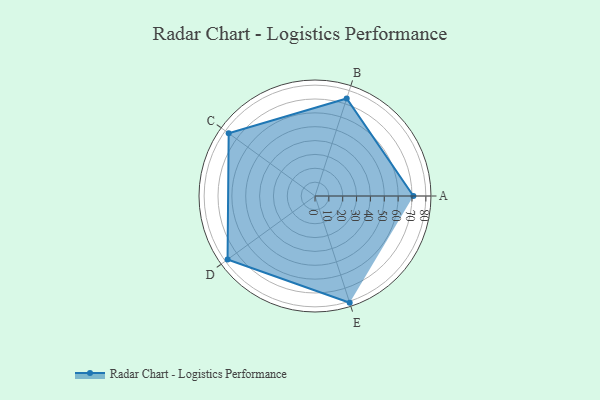
{"axis": {"x": "Skill", "y": "Score"}, "legend": ["Profile"], "data": [{"x": "A", "y": 71.0, "type": "Profile"}, {"x": "B", "y": 74.0, "type": "Profile"}, {"x": "C", "y": 77.0, "type": "Profile"}, {"x": "D", "y": 78.0, "type": "Profile"}, {"x": "E", "y": 81.0, "type": "Profile"}]}